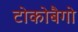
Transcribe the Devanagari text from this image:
टोकोबैगो